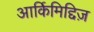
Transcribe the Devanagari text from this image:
आर्किमिद्दिज़